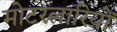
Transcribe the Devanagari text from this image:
मोटरलारियों